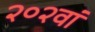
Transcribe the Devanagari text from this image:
२०२वां